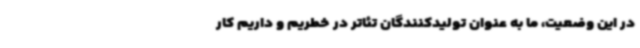
در این وضعیت، ما به عنوان تولیدکنندگان تئاتر در خطریم و داریم کار